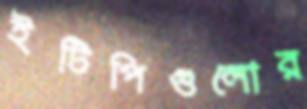
ইটিপিগুলোর